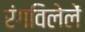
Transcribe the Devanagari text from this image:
रंगविलेलें